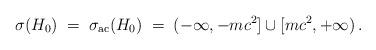
LaTeX: \begin{align*} \sigma(H_0)\;=\;\sigma_{\mathrm{ac}}(H_0)\;=\;(-\infty,-mc^2]\cup[mc^2,+\infty)\,.\end{align*}